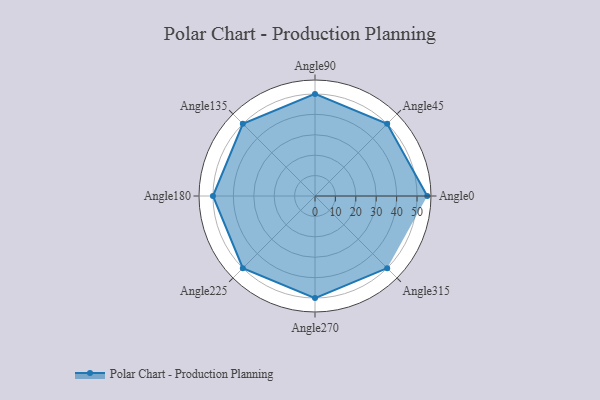
{"axis": {"x": "Angle", "y": "Radius"}, "legend": [""], "data": [{"x": "Angle0", "y": 55.0, "type": ""}, {"x": "Angle45", "y": 50, "type": ""}, {"x": "Angle90", "y": 50, "type": ""}, {"x": "Angle135", "y": 50, "type": ""}, {"x": "Angle180", "y": 50, "type": ""}, {"x": "Angle225", "y": 50, "type": ""}, {"x": "Angle270", "y": 50, "type": ""}, {"x": "Angle315", "y": 50, "type": ""}]}